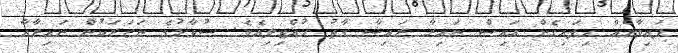
ފައިވާނެއް ހިފައިގެން އައިސް ނައިރާ ރައިޝާ ގާތު ހުއްޓިލިއެވެ. ސުވާލުގެ ނަޒަރަކުން ނައިރާއާ